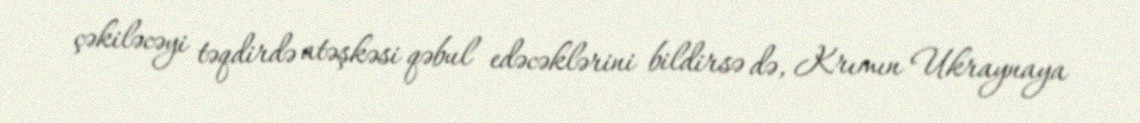
çəkiləcəyi təqdirdə atəşkəsi qəbul edəcəklərini bildirsə də, Krımın Ukraynaya